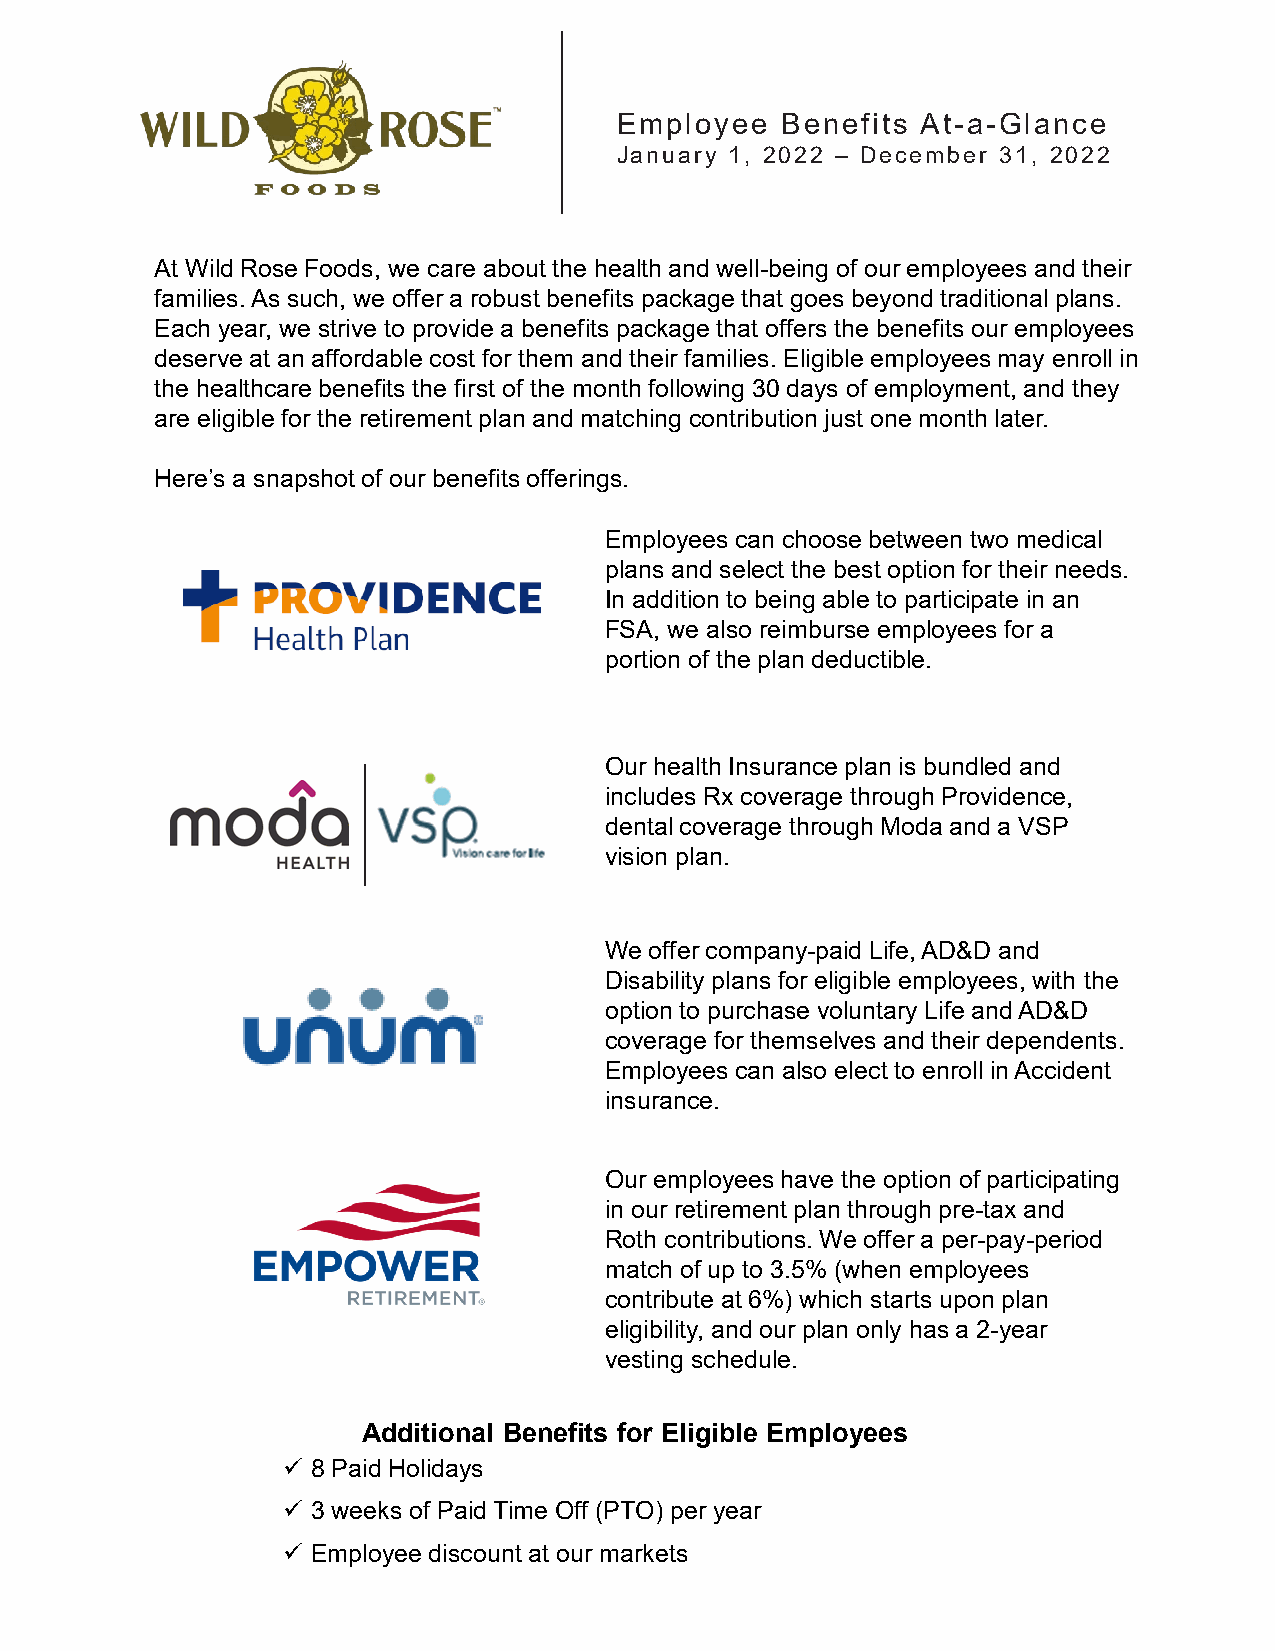
Employee   Benefits At-a-Glance
 January 1, 2022 – December 31, 2022
 At Wild Rose Foods, we care about the health and well-being of our employees and their
 families. As such, we offer a robust benefits package that goes beyond traditional plans.
 Each year, we strive to provide a benefits package that offers the benefits our employees
 deserve at an affordable cost for them and their families. Eligible employees may enroll in
 the healthcare benefits the first of the month following 30 days of employment, and they
 are eligible for the retirement plan and matching contribution just one month later.
 Here’s a snapshot of our benefits offerings.
 Employees can choose between two medical
 plans and select the best option for their needs.
 In addition to being able to participate in an
 FSA, we also reimburse employees for a
 portion of the plan deductible.
 Our health Insurance plan is bundled and
 includes Rx coverage through Providence,
 dental coverage through Moda and a VSP
 vision plan.
 We offer company-paid Life, AD&D and
 Disability plans for eligible employees, with the
 option to purchase voluntary Life and AD&D
 coverage for themselves and their dependents.
 Employees can also elect to enroll in Accident
 insurance.
 Our employees have the option of participating
 in our retirement plan through pre-tax and
 Roth contributions. We offer a per-pay-period
 match of up to 3.5% (when employees
 contribute at 6%) which starts upon plan
 eligibility, and our plan only has a 2-year
 vesting schedule.
 Additional Benefits for Eligible Employees
  8 Paid Holidays
  3 weeks of Paid Time Off (PTO) per year
  Employee discount at our markets